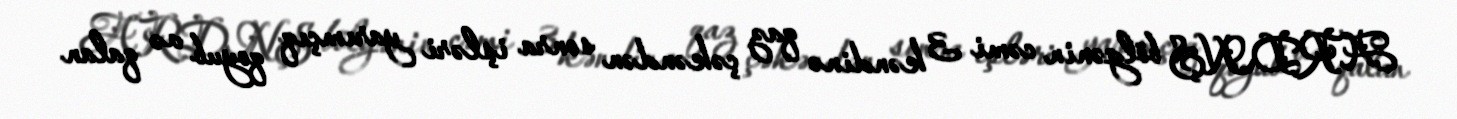
ARDNŞ bölgənin cəmi 3 kəndinə qaz çəkəndən sonra işləri yarımçıq qoyub və qalan